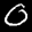
Label: 0